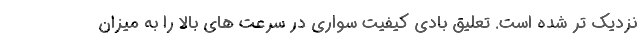
نزدیک تر شده است. تعلیق بادی کیفیت سواری در سرعت های بالا را به میزان